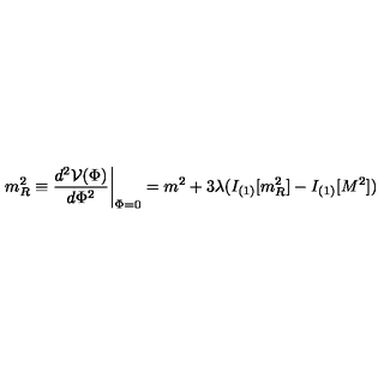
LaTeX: m _ { R } ^ { 2 } \equiv { \frac { d ^ { 2 } { \cal V } ( \Phi ) } { d \Phi ^ { 2 } } } \biggr | _ { \Phi = 0 } = m ^ { 2 } + 3 \lambda ( I _ { ( 1 ) } [ m _ { R } ^ { 2 } ] - I _ { ( 1 ) } [ M ^ { 2 } ] )